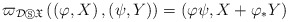
\begin{align*}\varpi _{\mathcal{D}\circledS \mathfrak{X}}\left( \left( \varphi,X\right) ,\left( \psi ,Y\right) \right) =\left( \varphi \psi,X+\varphi _{\ast }Y\right) \end{align*}